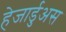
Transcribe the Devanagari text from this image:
हेजार्डुअस